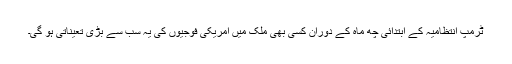
ٹرمپ انتظامیہ کے ابتدائی چھ ماہ کے دوران کسی بھی ملک میں امریکی فوجیوں کی یہ سب سے بڑی تعیناتی ہو گی۔